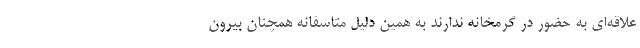
علاقه‌ای به حضور در گرمخانه ندارند به همین دلیل متاسفانه همچنان بیرون